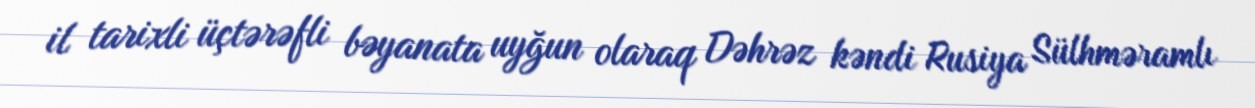
il tarixli üçtərəfli bəyanata uyğun olaraq Dəhrəz kəndi Rusiya Sülhməramlı